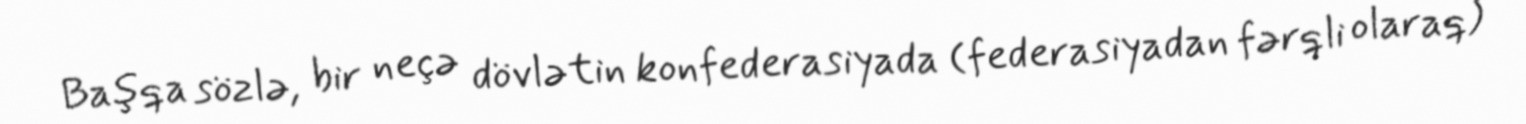
Başqa sözlə, bir neçə dövlətin konfederasiyada (federasiyadan fərqli olaraq)